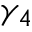
\gamma _ { 4 }